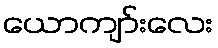
ယောကျာ်းလေး